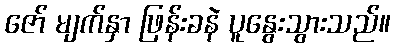
ဇော် မျက်နှာ ဖြန်းခနဲ ပူနွေးသွားသည်။